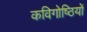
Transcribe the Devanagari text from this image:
कविगोष्ठियों